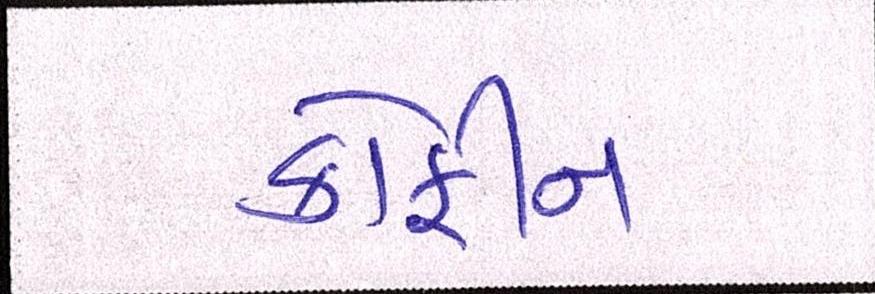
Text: કોફીન